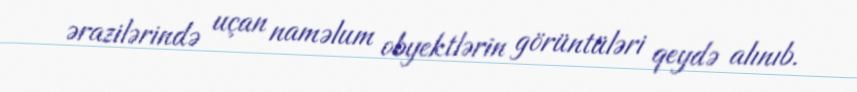
ərazilərində uçan naməlum obyektlərin görüntüləri qeydə alınıb.